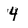
Character: 4